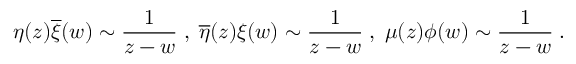
\eta ( z ) \overline { { { \xi } } } ( w ) \sim \frac { 1 } { z - w } \; , \; \overline { { { \eta } } } ( z ) { \xi } ( w ) \sim \frac { 1 } { z - w } \; , \; \mu ( z ) { \phi } ( w ) \sim \frac { 1 } { z - w } \; .